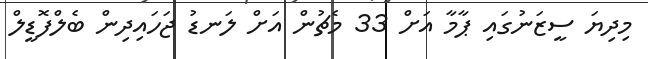
މިދިޔަ ސީޒަނުގައި ޕާމާ އަށް 33 މެޗުން އަށް ލަނޑު ޖަހައިދިން ބެލްފޮޑީލް